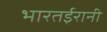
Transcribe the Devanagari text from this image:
भारतईरानी